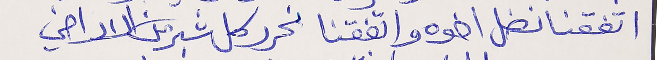
اتفقنا نضل اخوه واتفقنا      نحرر كل شبر من الاراضي